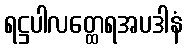
ရဋ္ဌပါလတ္ထေရအပဒါနံ